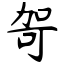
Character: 哿